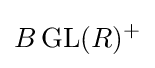
B\operatorname {GL} (R)^{+}